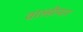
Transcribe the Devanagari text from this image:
वाल्डीमार